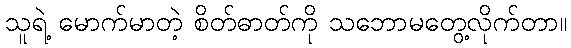
သူရဲ့ မောက်မာတဲ့ စိတ်ဓာတ်ကို သဘောမတွေ့လိုက်တာ။